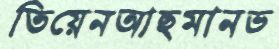
তিয়েনআছমানভ